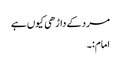
مرد کے داڑھی کیوں ہے
امام:۔